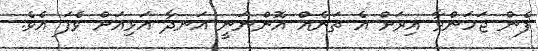
ފެން ޖަހަންވާ އިރަށް އެ ތަނެއް އޮންނަނީ އަނދާ އަޅިއަށް ވެފަ އެވެ.